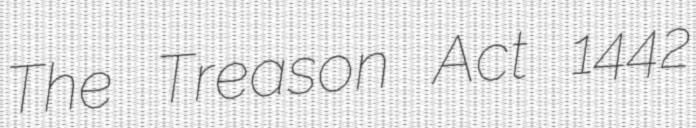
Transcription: The Treason Act 1442